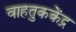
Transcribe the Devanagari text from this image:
वाहतुककेंद्र